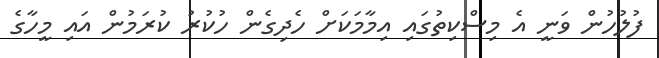
ފުލުހުން ވަނީ އެ މިސްކިތުގައި އިމާމަކަށް ހެދިގެން ހުކުރު ކުރަމުން އައި މީހާގެ